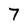
Character: 7